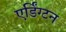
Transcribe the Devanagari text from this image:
एर्डिंग्टन